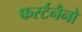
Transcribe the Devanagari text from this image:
फर्स्टनैनो